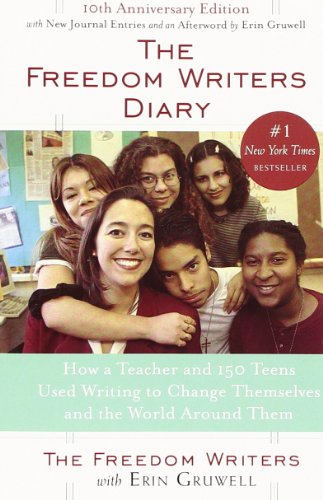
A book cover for The Freedom Writers Diary: How a Teacher and 150 Teens Used Writing to Change Themselves and the World Around Them; The Freedom Writers; Parenting & Relationships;